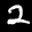
Label: 2